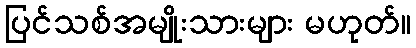
ပြင်သစ်အမျိုးသားများ မဟုတ်။